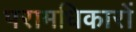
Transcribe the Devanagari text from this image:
परामधिकारों